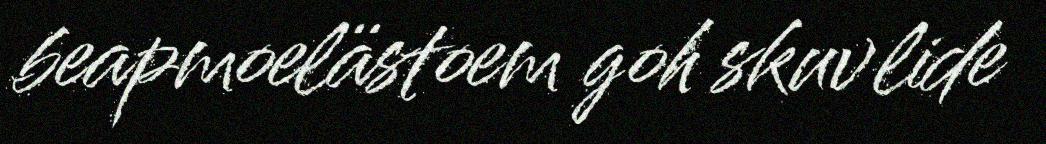
beapmoelästoem goh skuvlide